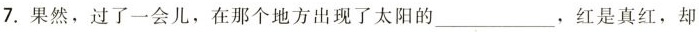
7.果然，过了一会儿，在那个地方出现了太阳的___，红是真红，却